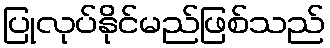
ပြုလုပ်နိုင်မည်ဖြစ်သည်